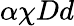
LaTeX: \alpha\chi Dd